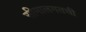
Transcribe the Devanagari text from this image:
सीमालगतची